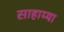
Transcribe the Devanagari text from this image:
साहाय्या